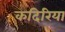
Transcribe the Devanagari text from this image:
कदिरिया